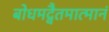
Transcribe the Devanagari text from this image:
बोधमद्वैतमात्मानं